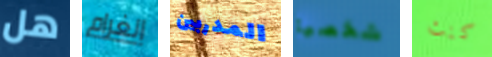
هل الغرام المدربين شخصيا كنت